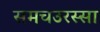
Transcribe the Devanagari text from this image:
समचउरस्सा